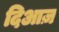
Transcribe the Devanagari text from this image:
दिआज़